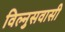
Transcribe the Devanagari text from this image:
विल्नुसवासी